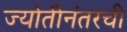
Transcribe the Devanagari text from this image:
ज्योतीनंतरची